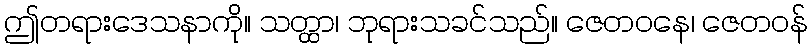
ဤတရားဒေသနာကို။ သတ္ထာ၊ ဘုရားသခင်သည်။ ဇေတဝနေ၊ ဇေတဝန်